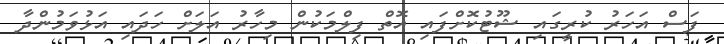
ފަސް އަހަރު ކުރީގައި ޝޫޓުކޮށްފައި އޮތް ފިލްމަކުން މިހާރު އަލަށް ހަދައި އަޅުވަމުންދާ